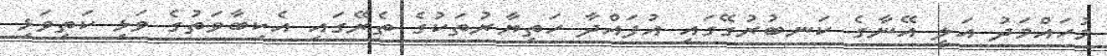
މުހައްމަދު އަލީ އޭނާގެ ކަނބުރުގޭގައި އުފައްދާ ހަތިޔާރުތަކުގެ ތެރޭގައި އެކިބާވަތުގެ ވަޅި ކަތިވަޅި